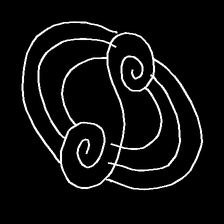
Glyph: wind-underfoot